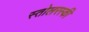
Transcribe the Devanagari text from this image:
स्तोलरस्की